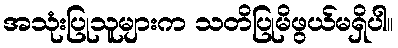
အသုံးပြုသူများက သတိပြုမိဖွယ်မရှိပါ။